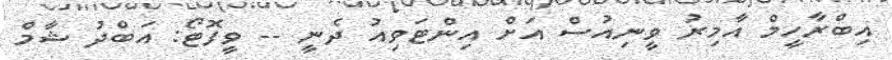
އިބްރާހީމް އާމިރު ވީނިއުސް އަށް އިންޓަވިއު ދެނީ -- ވީފޮޓޯ: އަބްދު ޝާމް